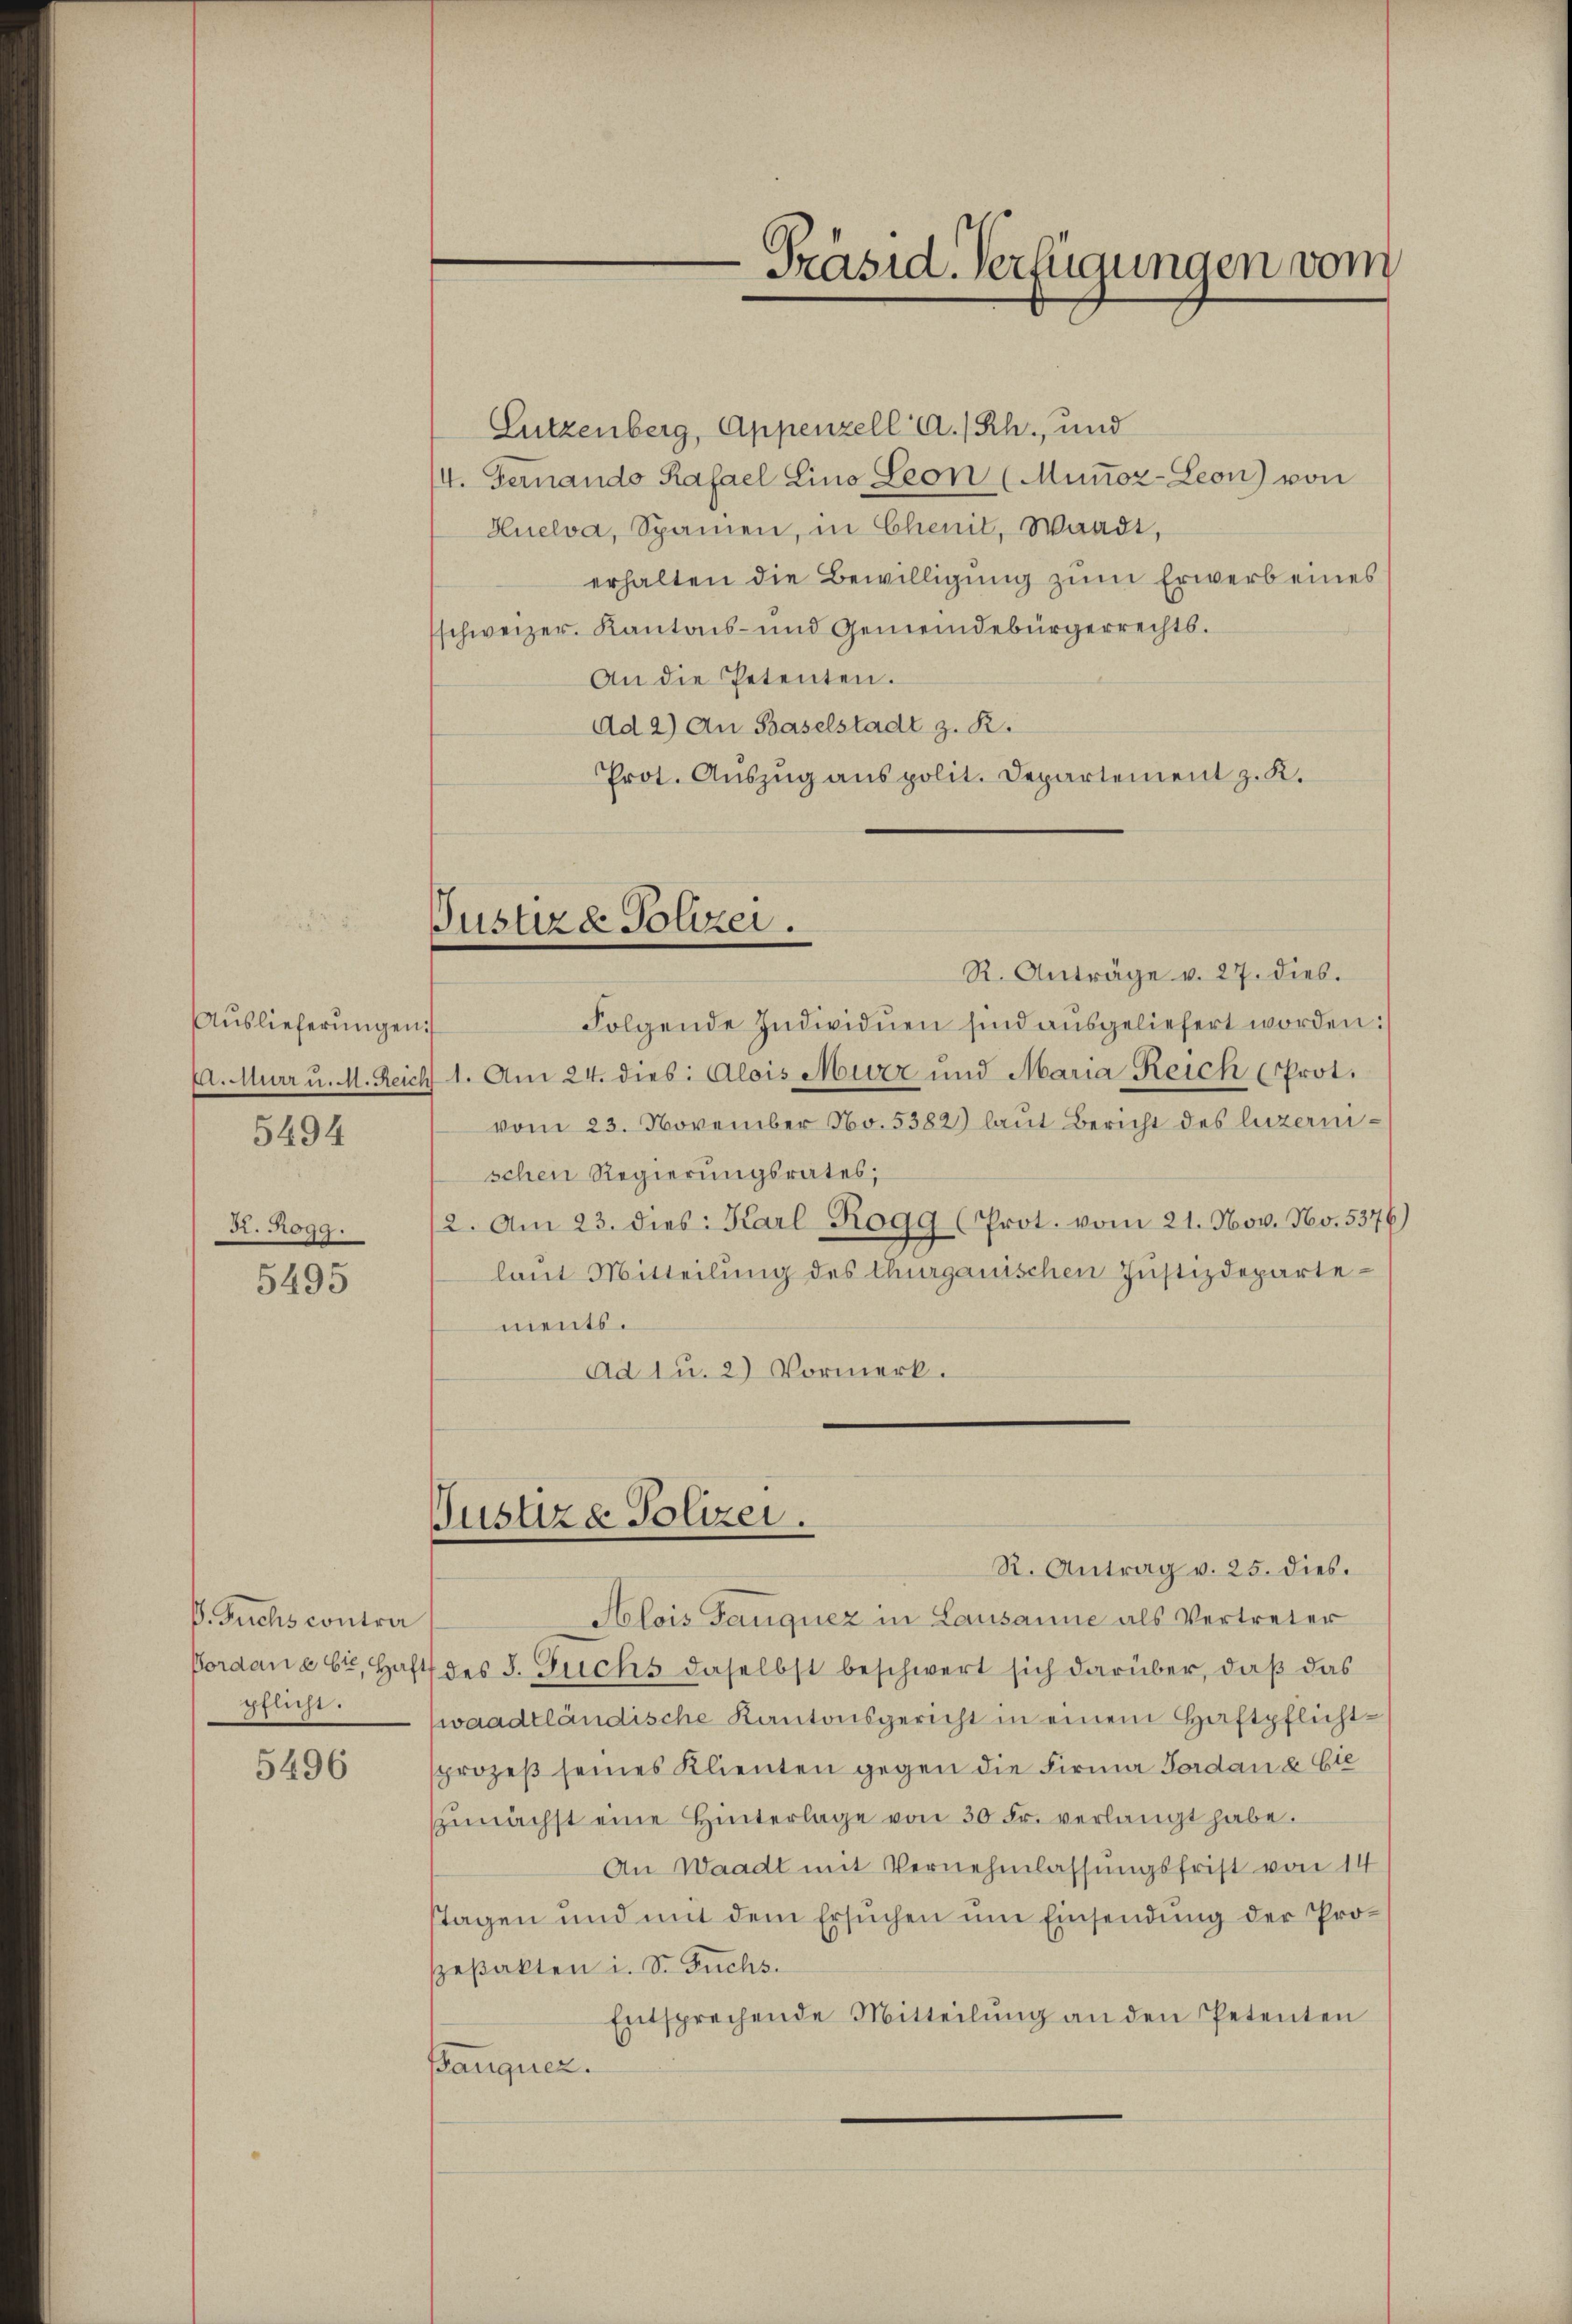
Auslieferungen

5494

R. Rogg.

5495

V. Fuchs contra
pflicht.

5496

Sutzenberg, Appenzell A.-Rh., und
14. Fernando Kasael Lino Leon (Muṅoz-Leon) von
Huelva, Spanien, in Chenit, Waadt,
erhalten die Bewilligung zum Erwerb eines
schweizer. Kantons- und Gemeindebürgerrechts.
An die Petenten.
Ad 2) An Baselstadt z. R.
Prot. Auszug aus polit. Departement z. K.

Justiz & Polizei.

Justiz & Polizei.

R. Anträge v. 27. dies.
Folgende Individuen sind ausgeliefert worden:/
E. Murr u. M. Reich 1. Am 24. dies: Alois Murz und Maria Reich (Prot.
vom 23. November No. 5382) laut Bericht des luzernischen Regierungsrates;
12. Am 23. dies: Karl Rogg (Prot. vom 21. Nov. No. 5376)
laut Mitteilung des Churgauischen Justizdepartements.
Ad 1 u. 2) Vormerk.

Präsid. Verfügungen vom

R. Antrag v. 25. dies.
Hlois Ganquez in Lausanne als Vertreter
Pordanebi, Haft des I. Zuchs daselbst beschwert sich darüber, daß das
waadtländische Kantonsgericht in einem Haftpflichtprozeβ seines Klienten gegen die Firma Jordan e bie
zŭnächst eine Hinterlage von 30 Fr. verlangt habe.
An Waadt mit Vernehmlassungsfrist von 14
stagen und mit dem Ersuchen ŭm Einsendung der Prospeßakten i. S. Fuchs.
Entsprechende Mitteilŭng an den Petenten
Banquer.